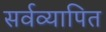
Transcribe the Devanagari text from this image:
सर्वव्यापित